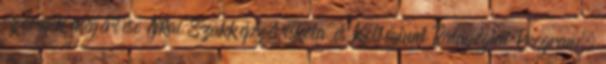
szövegek megértése Ajkai Szakképző iskola és Kollégium Pedagógiai Program.